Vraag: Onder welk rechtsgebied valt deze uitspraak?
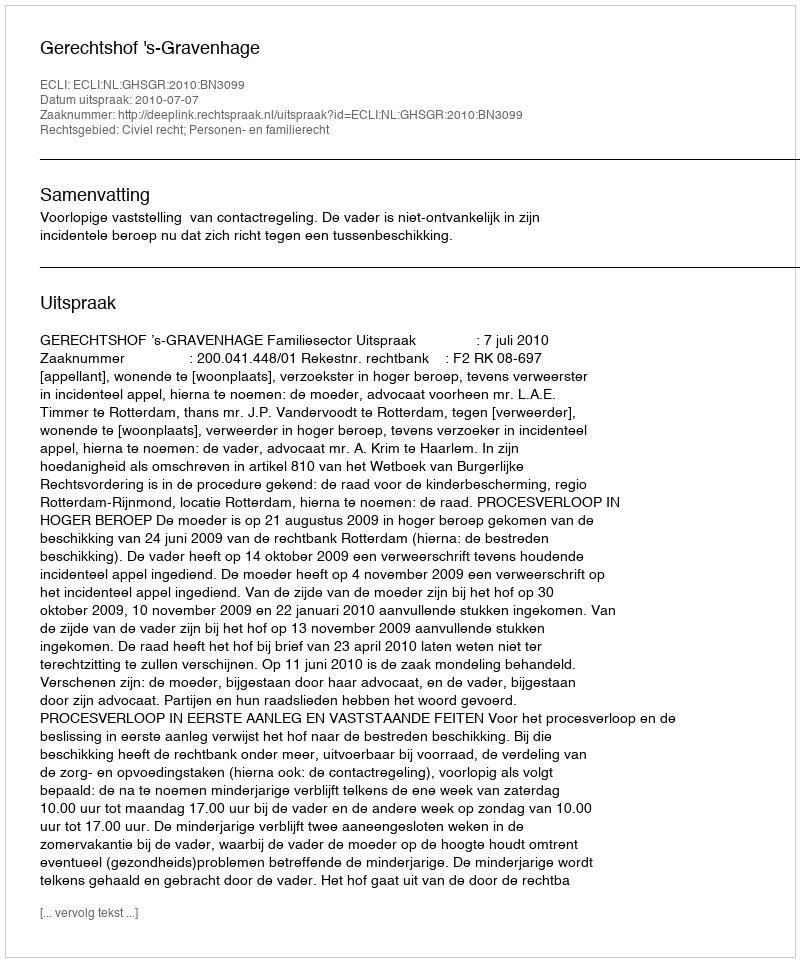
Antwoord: Civiel recht; Personen- en familierecht